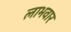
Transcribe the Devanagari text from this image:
लाभवार